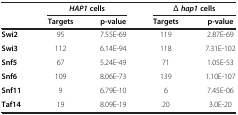
<table><thead><tr><td><b> </b></td><td colspan="2"><b><i>HAP1 </i>cells</b></td><td colspan="2"><b>Δ <i>hap1 </i>cells</b></td></tr><tr><td><b> </b></td><td><b>Targets</b></td><td><b>p-value</b></td><td><b>Targets</b></td><td><b>p-value</b></td></tr></thead><tbody><tr><td><b>Swi2</b></td><td>95</td><td>7.55E-69</td><td>119</td><td>2.87E-69</td></tr><tr><td><b>Swi3</b></td><td>112</td><td>6.14E-94</td><td>118</td><td>7.31E-102</td></tr><tr><td><b>Snf5</b></td><td>67</td><td>5.24E-49</td><td>71</td><td>1.05E-53</td></tr><tr><td><b>Snf6</b></td><td>109</td><td>8.06E-73</td><td>139</td><td>1.10E-107</td></tr><tr><td><b>Snf11</b></td><td>9</td><td>6.79E-10</td><td>6</td><td>7.45E-06</td></tr><tr><td><b>Taf14</b></td><td>19</td><td>8.09E-19</td><td>20</td><td>3.0E-20</td></tr></tbody></table>